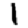
Digit: 1